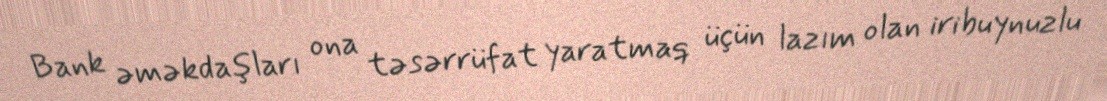
Bank əməkdaşları ona təsərrüfat yaratmaq üçün lazım olan iribuynuzlu